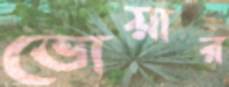
ভোয়ার